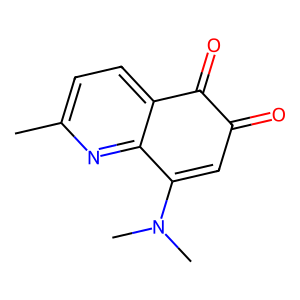
SMILES: Cc1ccc2c(n1)C(N(C)C)=CC(=O)C2=O
Inhibits HIV replication: No